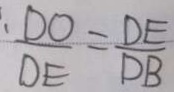
\frac { D O } { D E } = \frac { D E } { D B }